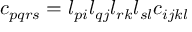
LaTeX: c _ { p q r s } = l _ { p i } l _ { q j } l _ { r k } l _ { s l } c _ { i j k l }